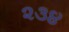
૨૩૪